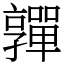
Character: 嚲